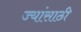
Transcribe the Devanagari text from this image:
ज्यांसाठी